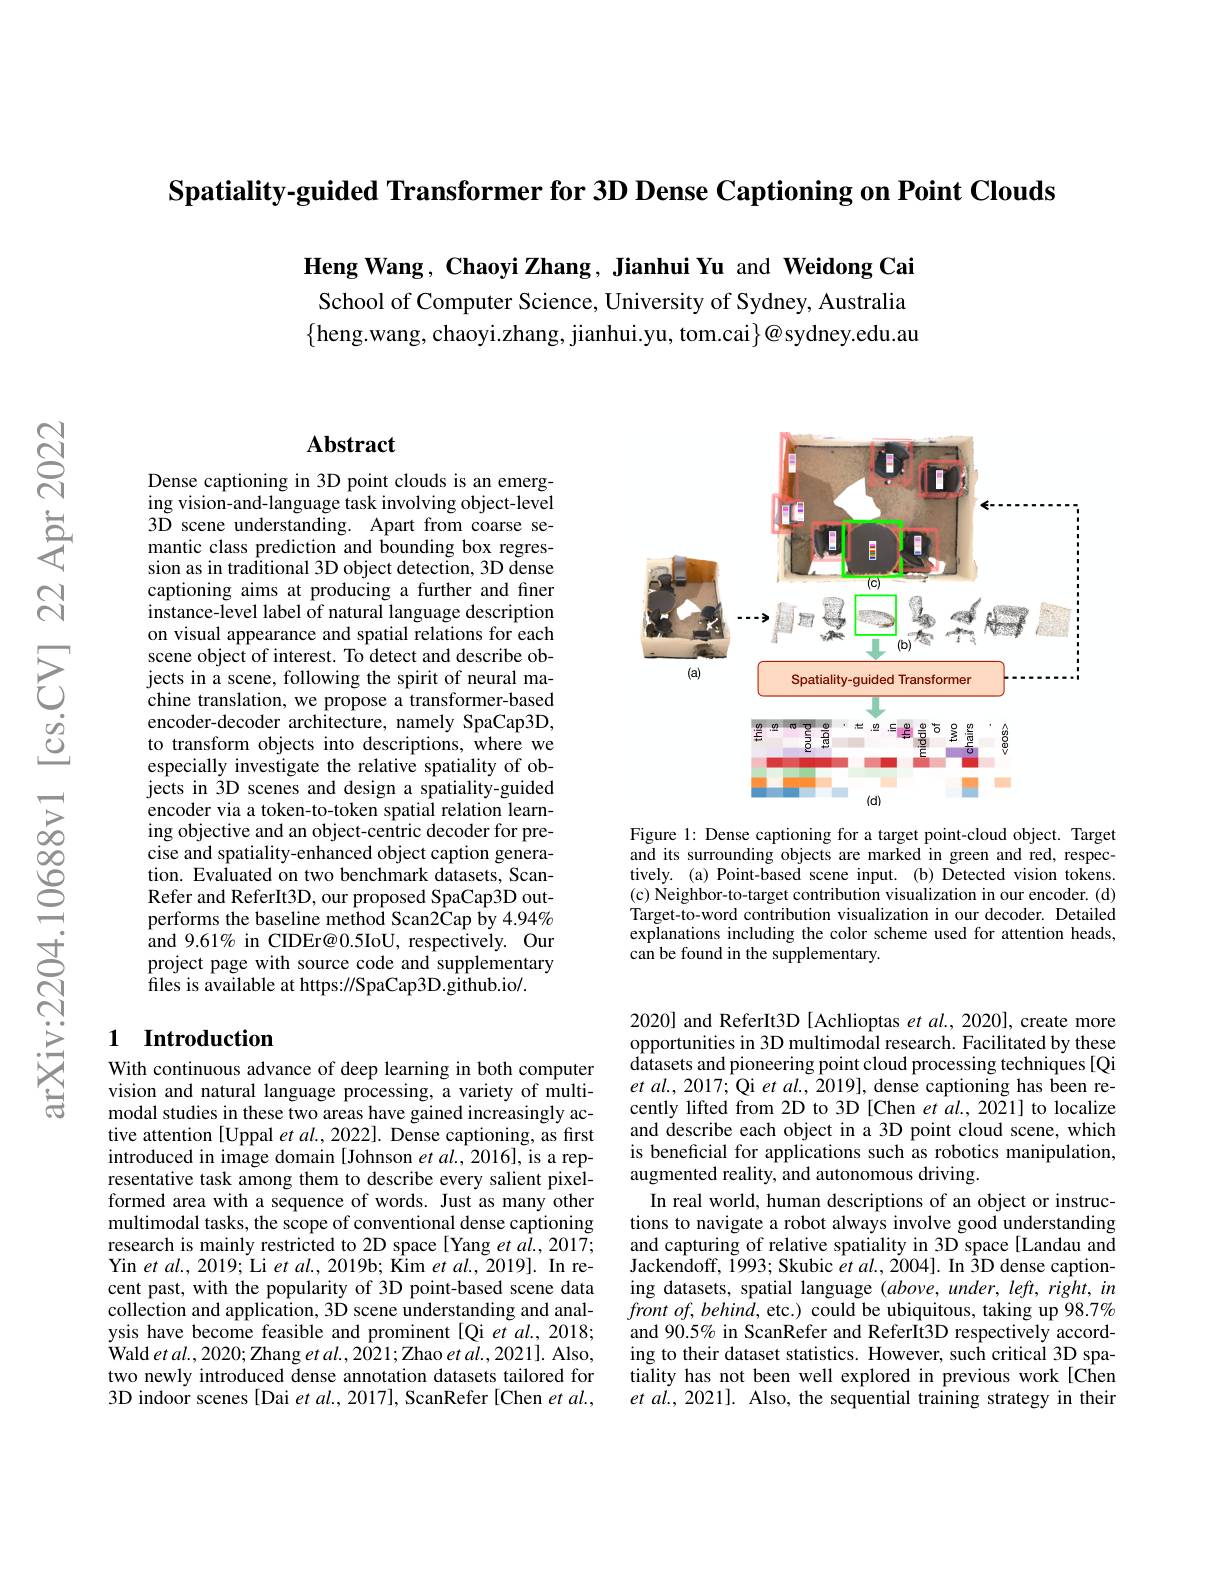
Spatiality-guided Transformer for 3D Dense Captioning on Point Clouds

Heng Wang, Chaoyi Zhang, Jianhui Yu and Weidong Cai School of Computer Science, University of Sydney, Australia $\{$heng.wang, chaoyi.zhang, jianhui.yu, tom.cai$\}$@sydney.edu.au

## Abstract

Dense captioning in 3D point clouds is an emerging vision-and-language task involving object-level 3D scene understanding. Apart from coarse semantic class prediction and bounding box regression as in traditional 3D object detection, 3D dense captioning aims at producing a further and finer instance-level label of natural language description on visual appearance and spatial relations for each scene object of interest. To detect and describe objects in a scene, following the spirit of neural machine translation, we propose a transformer-based encoder-decoder architecture, namely SpaCap3D, to transform objects into descriptions, where we especially investigate the relative spatiality of objects in 3D scenes and design a spatiality-guided encoder via a token-to-token spatial relation learning objective and an object-centric decoder for precise and spatiality-enhanced object caption generation. Evaluated on two benchmark datasets, ScanRefer and ReferIt3D, our proposed SpaCap3D outperforms the baseline method Scan2Cap by 4.94% and 9.61% in CIDEr@0.5IoU, respectively. Our project page with source code and supplementary files is available at https://SpaCap3D.github.io/.

### 1 Introduction

With continuous advance of deep learning in both computer vision and natural language processing, a variety of multimodal studies in these two areas have gained increasingly active attention [Uppal et al., 2022]. Dense captioning, as first introduced in image domain [Johnson et al., 2016], is a representative task among them to describe every salient pixelformed area with a sequence of words. Just as many other multimodal tasks, the scope of conventional dense captioning research is mainly restricted to 2D space[Yang et a$\hat{l}.,2017;$ Yin et al., 2019; Li et al., 2019b; Kim et al., 2019]. In recent past, with the popularity of 3D point-based scene data collection and application, 3D scene understanding and analysis have become feasible and prominent[Qi et al., 2018; Wald et al. , 2020; Zhang et al. , 2021; Zhao et al. , 2021] . Also, two newly introduced dense annotation datasets tailored for 3D indoor scenes [Dai et al., 2017], ScanRefer [Chen $et$ al.,

<FigureHere>

Figure 1: Dense captioning for a target point-cloud object. Target and its surrounding objects are marked in green and red, respectively. (a) Point-based scene input. (b) Detected vision tokens. (c) Neighbor-to-target contribution visualization in our encoder. (d) Target-to-word contribution visualization in our decoder. Detailed explanations including the color scheme used for attention heads, can be found in the supplementary.

2020] and ReferIt3D [Achlioptas et al., 2020], create more opportunities in 3D multimodal research. Facilitated by these datasets and pioneering point cloud processing techniques [Qi $etal.,2017;$Qi $etal,2019]$,dense captioning has been recently lifted from 2D to 3D [Chen et al., 2021] to localize and describe each object in a 3D point cloud scene, which is beneficial for applications such as robotics manipulation, augmented reality, and autonomous driving.
In real world, human descriptions of an object or instructions to navigate a robot always involve good understanding and capturing of relative spatiality in 3D space[Landau and Jackendoff, Y993; Skubic $\hat{e}t$ al., 2004]. In $\hat{3}$D dense captioning datasets, spatial language $(above,under,left,right,in$ $front~of,behind,~$etc.) could be ubiquitous, taking up 98.7% and 90.5% in ScanRefer and ReferIt3D respectively according to their dataset statistics. However, such critical 3D spatiality has not been well explored in previous work[Chen $et\textit{al. , 2021] . Also, the sequential training strategy in their}$